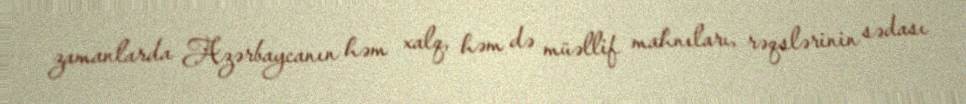
zamanlarda Azərbaycanın həm xalq, həm də müəllif mahnıları, rəqslərinin sədası